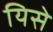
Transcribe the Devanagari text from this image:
यिसे